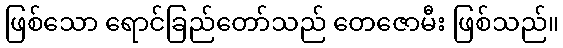
ဖြစ်သော ရောင်ခြည်တော်သည် တေဇောမီး ဖြစ်သည်။